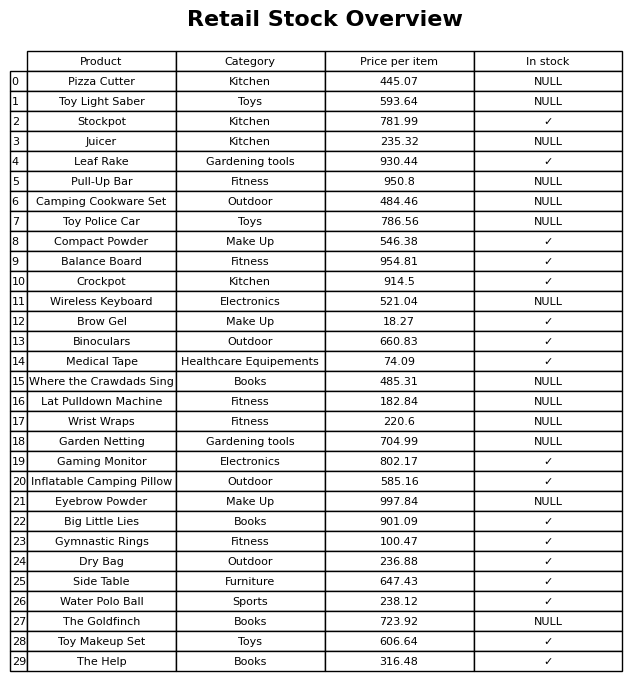
question: What is the stock status of the The Help?
answer: ✓